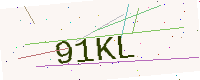
Text: 91KL